Indian Medical Review
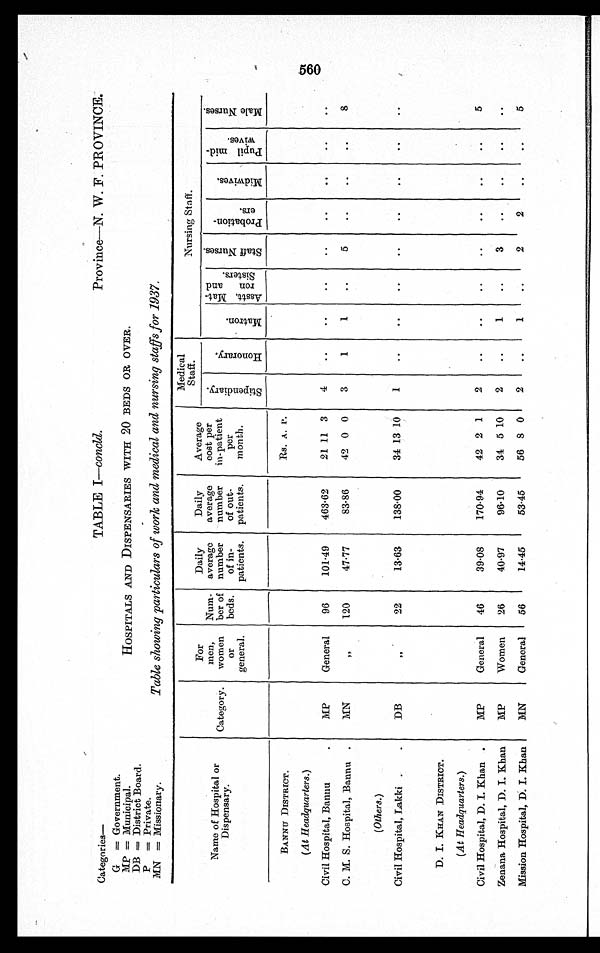
TABLE I—concld.
Categories—
G = Government.
MP = Municipal.
DB = District Board
P = Private.
MN = Missionary.
Province—N. W. F. PROVINCE.
HOSPITALS AND DISPENSARIES WITH 20 BEDS OR OVER.
Table showing particulars of work and medical and nursing staffs for 1937
Name of Hospital or
Dispensary.
Category.
For
me n ,
women
Or
general.
Num-
ber of
beds.
Daily
average
number
of in-
patients.
Daily
average
number
of out-
patients.
Average
cost per
in-patient
per
month.
Medical
Staff.
Nursing Staff.
S t i p e n d i a r y .
H o n o r a r y .
M a t r o n .
A s s t . M a t -
r o n a n d
S i s t e r s .
S t a f f N u r s e s . P r o b a t i o n -
ers.
M i d w i v e s .
P u p i l m i d -
w i v e s
M a l e N u r s e s .
BANNU DISTRICT.
Rs. A. P .
(At Headquarters.)
Civil Hospital, Bannu
MP
General 96
101.49 463.62
21 11 3 4
C. M. S. Hospital, Bannu
MN
„ 120
47.77
83.86
42 0 0 3
1
1
5
8
(Others.)
Civil Hospital, Lakki
DB
„ 22
13.63 138.00
34 13 10 1
D. I. KHAN DISTRICT.
(At Headquarters.)
Civil Hospital, D. I. Khan MP
General 46
39.08
170.94
42 2 1 2
5
Zenana Hospital, D. I. Khan MP
Women 26
40.97
96.10
34 5 10 2
1
3
Mission Hospital, D. I. Khan
MN
General 56
14.45
53. 45
56 8 0 2
1
2
2
5